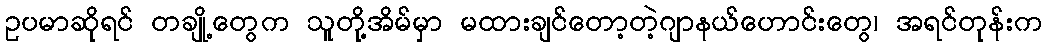
ဥပမာဆိုရင် တချို့တွေက သူတို့အိမ်မှာ မထားချင်တော့တဲ့ဂျာနယ်ဟောင်းတွေ၊ အရင်တုန်းက